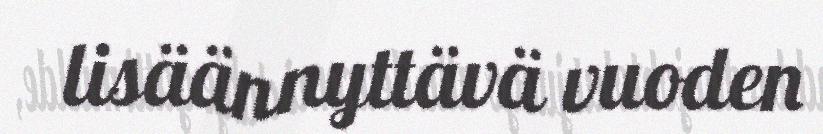
lisäännyttävä vuoden